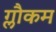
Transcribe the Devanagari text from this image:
ग्लौकम